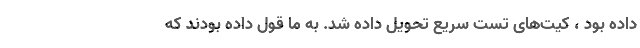
داده بود ، کیت‌های تست سریع تحویل داده شد. به ما قول داده بودند که